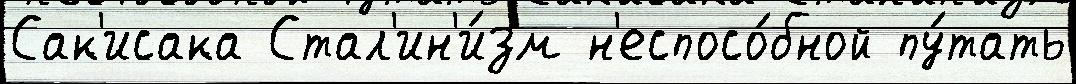
Сак'исака Стал'ин'и́зм н'еспосо́бной пу́тать